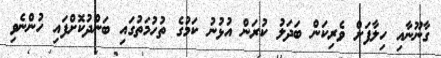
ގާނޫނާއި ހިލާފަށް ވެރިކަން ބަދަލު ކުރަން އުޅުނު ކަމުގެ ތުހުމަތުގައި ބަންދުކޮށްފައި ހުންނެވި